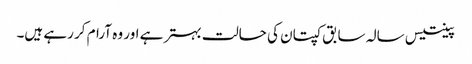
پینتیس سالہ سابق کپتان کی حالت بہتر ہے اور وہ آرام کر رہے ہیں۔